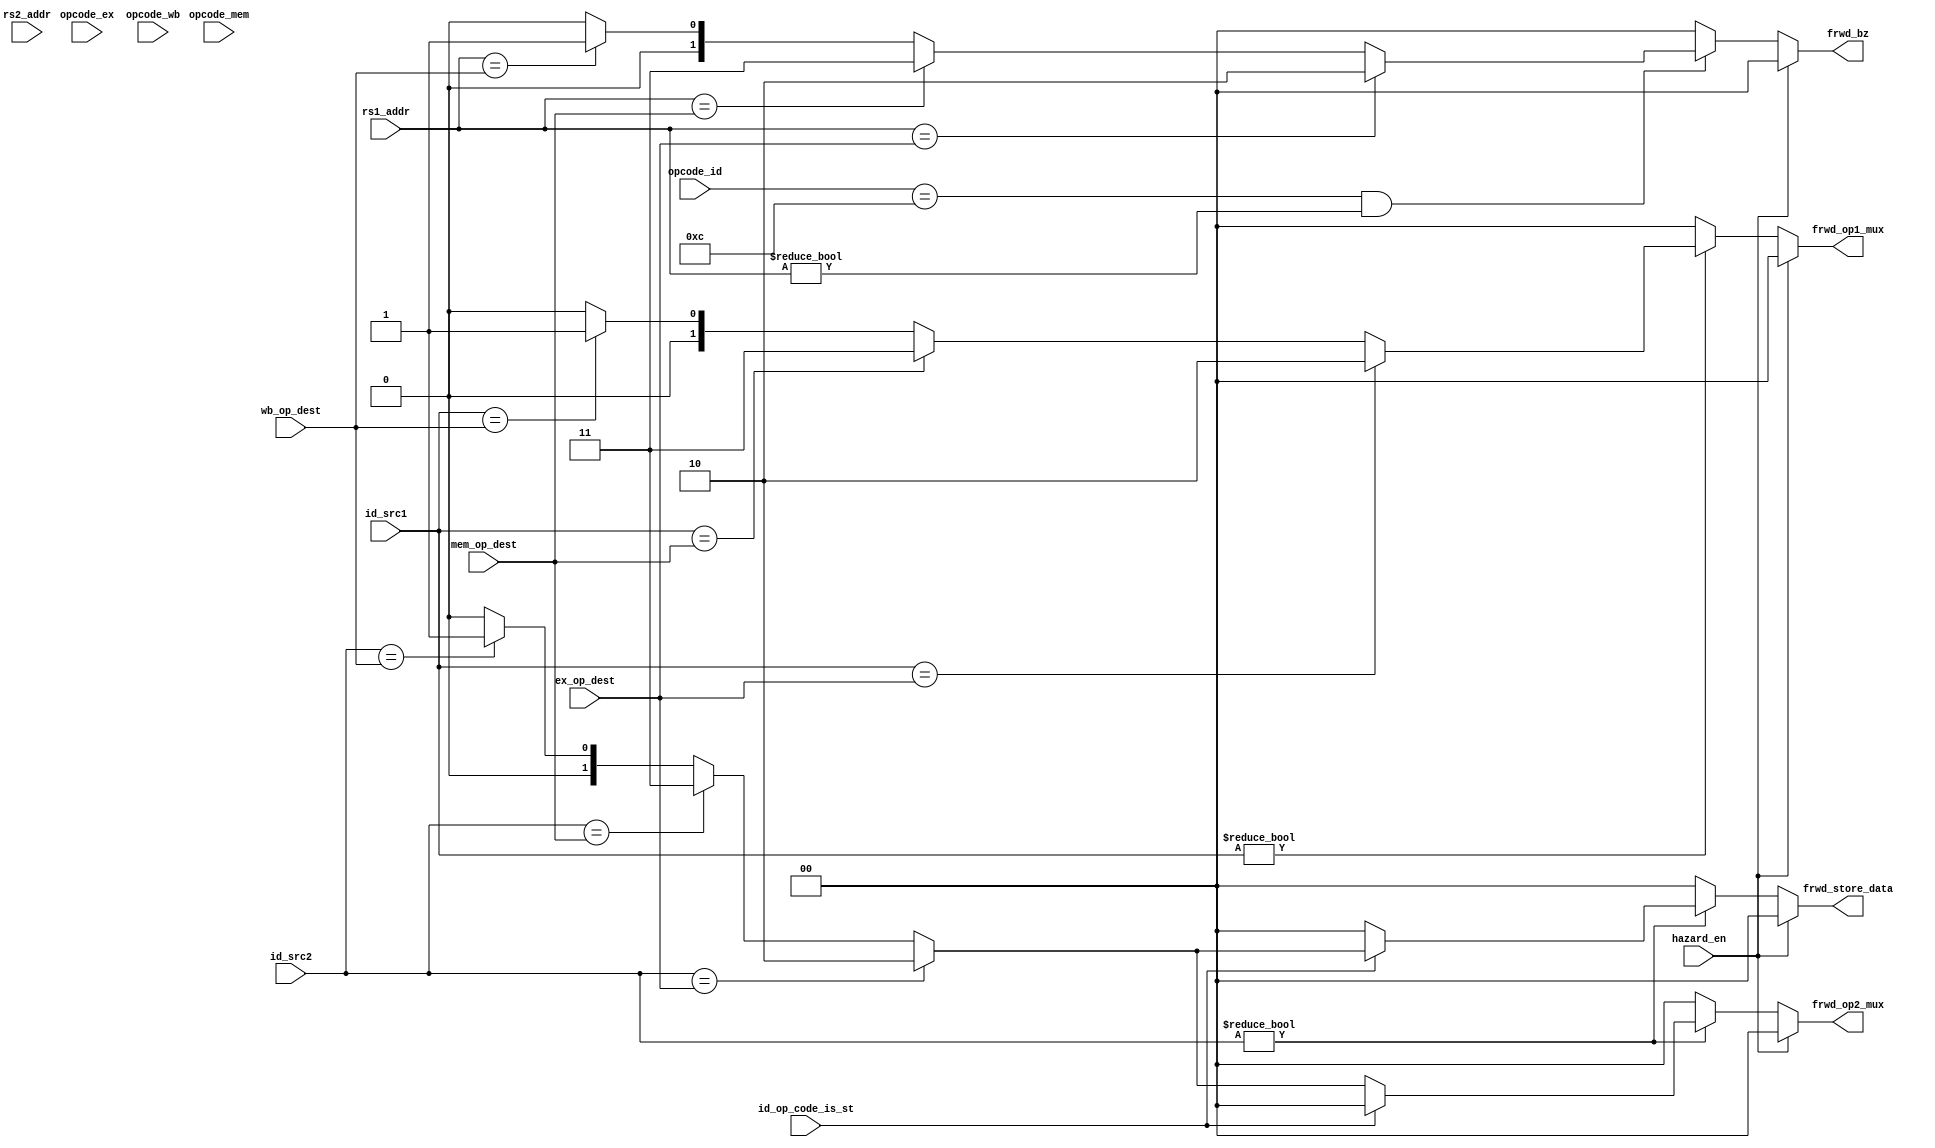
module forwarding_unit
(
	input 	[3:0]opcode_id,
	input 	[3:0]opcode_ex,
	input 	[3:0]opcode_mem,
	input 	[3:0]opcode_wb,
	input 	hazard_en,
	input 	[2:0] rs1_addr,
	input 	[2:0] rs2_addr,
	input 	[2:0] id_src1,
	input 	[2:0] id_src2,
	input 	id_op_code_is_st,
	input 	[2:0] ex_op_dest,
	input	[2:0] mem_op_dest,
	input	[2:0] wb_op_dest,
	output reg [1:0] frwd_op1_mux,
	output reg [1:0] frwd_op2_mux,
	output reg [1:0] frwd_store_data,
	output reg [1:0] frwd_bz
);

parameter  FORWARD_EX_RES = 2'b10;
parameter  FORWARD_MEM_RES = 2'b11;
parameter  FORWARD_WB_RES = 2'b01;
parameter  NOP = 0,ADDI=9,LD=10,ST=11,BZ=12;

	always @(*) begin
		{frwd_store_data,frwd_op2_mux,frwd_op1_mux,frwd_bz} <= 0;
		if (hazard_en == 0) begin
			if (id_src1 != 0 ) begin
				if ( id_src1 == ex_op_dest) begin
					frwd_op1_mux <= FORWARD_EX_RES;
				end
				else if (id_src1 == mem_op_dest) begin
					frwd_op1_mux <= FORWARD_MEM_RES;
				end
				else if (id_src1 == wb_op_dest) begin
					frwd_op1_mux <= FORWARD_WB_RES;
				end

			end

			if(id_src2 != 0) begin
				if(id_op_code_is_st) begin
					if(id_src2 == ex_op_dest)
						frwd_store_data <= FORWARD_EX_RES;
					else if (id_src2 == mem_op_dest)
						frwd_store_data <= FORWARD_MEM_RES;
					else if (id_src2 == wb_op_dest)
						frwd_store_data <= FORWARD_WB_RES;
				end 
				else begin
					if(id_src2 == ex_op_dest)
						frwd_op2_mux <= FORWARD_EX_RES;
					else if (id_src2 == mem_op_dest)
						frwd_op2_mux <= FORWARD_MEM_RES;
					else if (id_src2 == wb_op_dest)
						frwd_op2_mux <= FORWARD_WB_RES;
				end
			end

			if (opcode_id  == BZ && rs1_addr !=0)begin
				if(rs1_addr == ex_op_dest)
					frwd_bz <= FORWARD_EX_RES;
				else if (rs1_addr == mem_op_dest)
					frwd_bz <= FORWARD_MEM_RES;
				else if (rs1_addr == wb_op_dest)
					frwd_bz <= FORWARD_WB_RES;
			end
		end
	end
endmodule